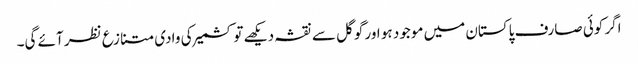
اگر کوئی صارف پاکستان میں موجود ہو اور گوگل سے نقشہ دیکھے تو کشمیر کی وادی متنازع نظر آئے گی۔